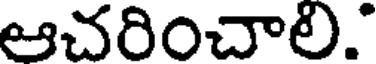
ఆచరించాలి."